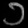
Digit: ၁